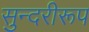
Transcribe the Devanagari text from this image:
सुन्दरीरूप